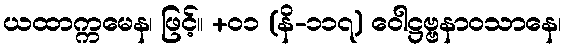
ယထာက္ကမေန၊ ဖြင့်။ +၀၁ (နိ-၁၁၇) ဝေါဋ္ဌဗ္ဗနာဝသာနေ၊